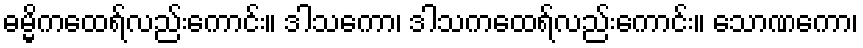
ဓမ္မိကထေရ်လည်းကောင်း။ ဒါသကော၊ ဒါသကထေရ်လည်းကောင်း။ သောဏကော၊